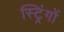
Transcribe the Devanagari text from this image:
स्ट्रिंगों